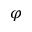
\varphi